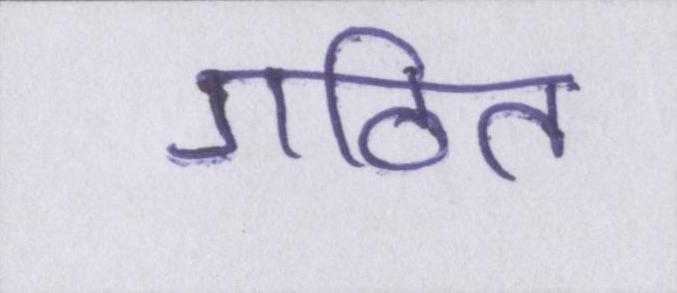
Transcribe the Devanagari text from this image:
गठित